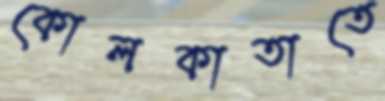
কোলকাতাতে